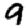
Digit: 9